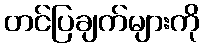
တင်ပြချက်များကို